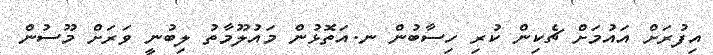
އިފުރަށް އައުމަށް ޗެކިން ކުރި ހިސާބުން ނ.އަތޮޅުން މައުލޫމާތު ލިބުނީ ވަރަށް މޫސުން